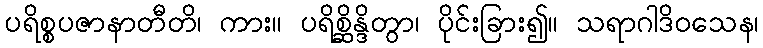
ပရိစ္စပဇာနာတီတိ၊ ကား။ ပရိစ္ဆိန္ဒိတွာ၊ ပိုင်းခြား၍။ သရာဂါဒိဝသေန၊